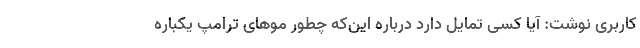
کاربری نوشت: آیا کسی تمایل دارد درباره این‌که چطور موهای ترامپ یکباره